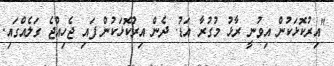
"އިރުކޮޅަކުން އިވުނީ ރާޅު މުގުރާ އަޑު. ދެން އިރުކޮޅަކުން ފައި ޖެހިއްޖެ ގަލެއްގައި.